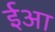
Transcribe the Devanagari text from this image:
ईआ